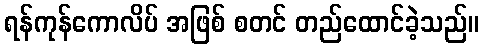
ရန်ကုန်ကောလိပ် အဖြစ် စတင် တည်ထောင်ခဲ့သည်။